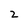
Character: 2